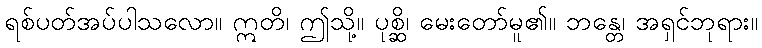
ရစ်ပတ်အပ်ပါသလော။ ဣတိ၊ ဤသို့။ ပုစ္ဆိ၊ မေးတော်မူ၏။ ဘန္တေ၊ အရှင်ဘုရား။